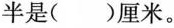
半是( )厘米。